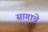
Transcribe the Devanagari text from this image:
सागाचे